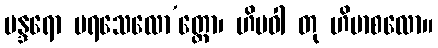
မန္ဒရော ပရသေလော’တ္ထော၊ ဟိမဝါ တု ဟိမာစလော။